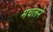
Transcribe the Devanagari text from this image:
मचलने